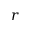
\boldsymbol { r }